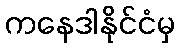
ကနေဒါနိုင်ငံမှ